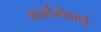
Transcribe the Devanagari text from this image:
कार्लसेनने